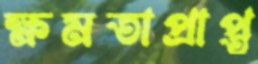
ক্ষমতাপ্রাপ্ত